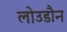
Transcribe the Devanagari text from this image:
लोउडौन